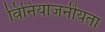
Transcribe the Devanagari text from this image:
विनियोजनीयता